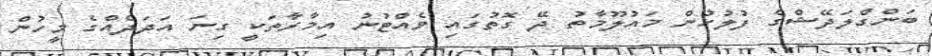
ބަންގްލަދޭޝްގެ ފުލުހުން މައުލޫމާތު ދޭ ގޮތުގައި ވެއްޓުނު އިމާރާތަކީ ގިނަ އަދަދެއްގެ މީހުން